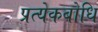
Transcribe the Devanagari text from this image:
प्रत्येकबोधि